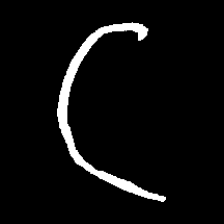
Pyu character \u2014 Myanmar letter: ဋ (romanized: tta)